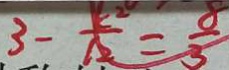
3 - \frac { k ^ { 2 } } { 1 2 } = \frac { 8 } { 3 }